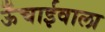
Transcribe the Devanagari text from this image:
ऊँचाईवाला